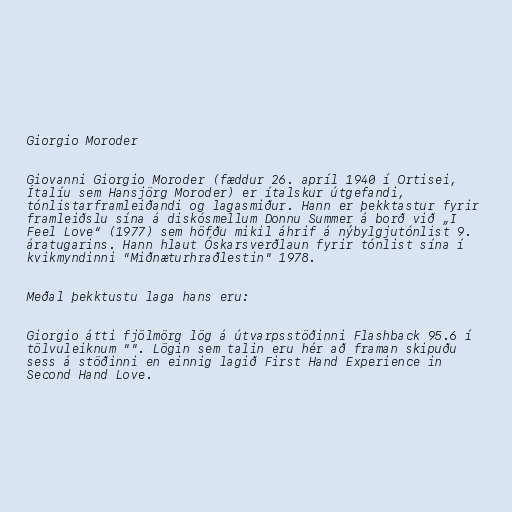
Giorgio Moroder

Giovanni Giorgio Moroder (fæddur 26. apríl 1940 í Ortisei,
Ítalíu sem Hansjörg Moroder) er ítalskur útgefandi,
tónlistarframleiðandi og lagasmiður. Hann er þekktastur fyrir
framleiðslu sína á diskósmellum Donnu Summer á borð við „I
Feel Love“ (1977) sem höfðu mikil áhrif á nýbylgjutónlist 9.
áratugarins. Hann hlaut Óskarsverðlaun fyrir tónlist sína í
kvikmyndinni "Miðnæturhraðlestin" 1978.

Meðal þekktustu laga hans eru:

Giorgio átti fjölmörg lög á útvarpsstöðinni Flashback 95.6 í
tölvuleiknum "". Lögin sem talin eru hér að framan skipuðu
sess á stöðinni en einnig lagið First Hand Experience in
Second Hand Love.